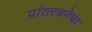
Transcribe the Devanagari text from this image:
प्रांतरचनेचा